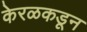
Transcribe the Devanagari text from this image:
केरळकडून